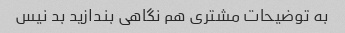
به توضیحات مشتری هم نگاهی بندازید بد نیس